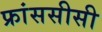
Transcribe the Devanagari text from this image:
फ्रांससीसी